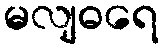
မလျဓရေ